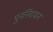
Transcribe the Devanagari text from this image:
पुनर्निवाचन